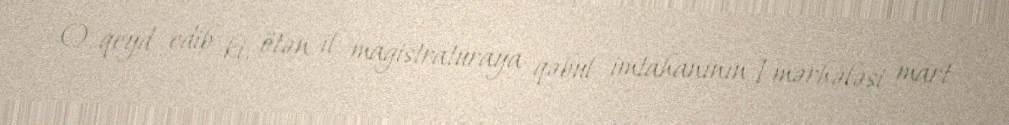
O, qeyd edib ki, ötən il magistraturaya qəbul imtahanının I mərhələsi mart